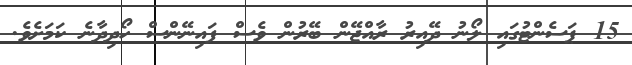
15 ޕަސެންޓުގައި ލޯނު ދޭއިރު ރާއްޖޭން ބޭރުން ވެސް ފައިނޭންސް ހޯދިދާނެ ކަމަށެވެ.